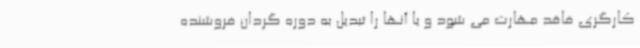
کارگری فاقد مهارت می شود و یا آنها را تبدیل به دوره گردان فروشنده